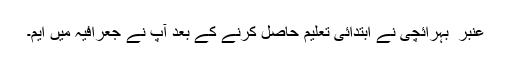
عنبر ؔ بہرائچی نے ابتدائی تعلیم حاصل کرنے کے بعد آپ نے جعرافیہ میں ایم۔